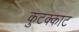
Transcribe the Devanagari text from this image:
कुटक्काट